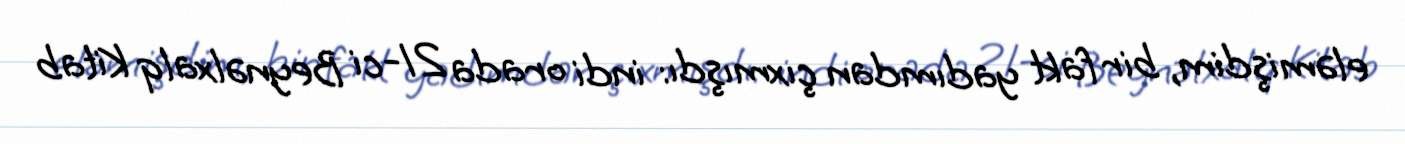
eləmişdim, bir fakt yadımdan çıxmışdı: indi orada 21-ci Beynəlxalq Kitab